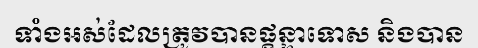
ទាំងអស់ដែលត្រូវបានផ្តន្ទាទោស និងបាន